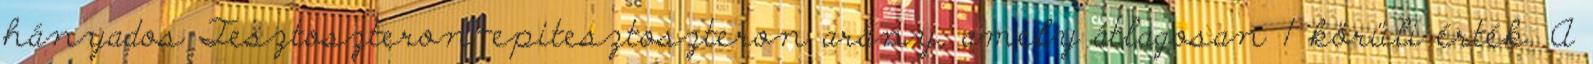
hányados Tesztoszteron-epitesztoszteron arány, amely átlagosan 1 körüli érték. A